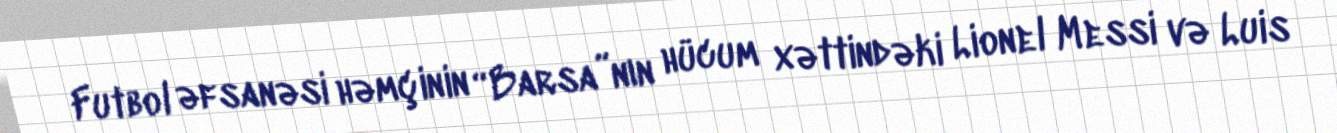
Futbol əfsanəsi həmçinin “Barsa”nın hücum xəttindəki Lionel Messi və Luis